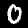
Digit: 0